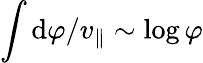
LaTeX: \int\mathrm{d}\varphi/v_{\parallel}\sim\log\varphi